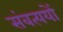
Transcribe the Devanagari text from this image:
संबत्ययों